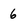
Character: 6